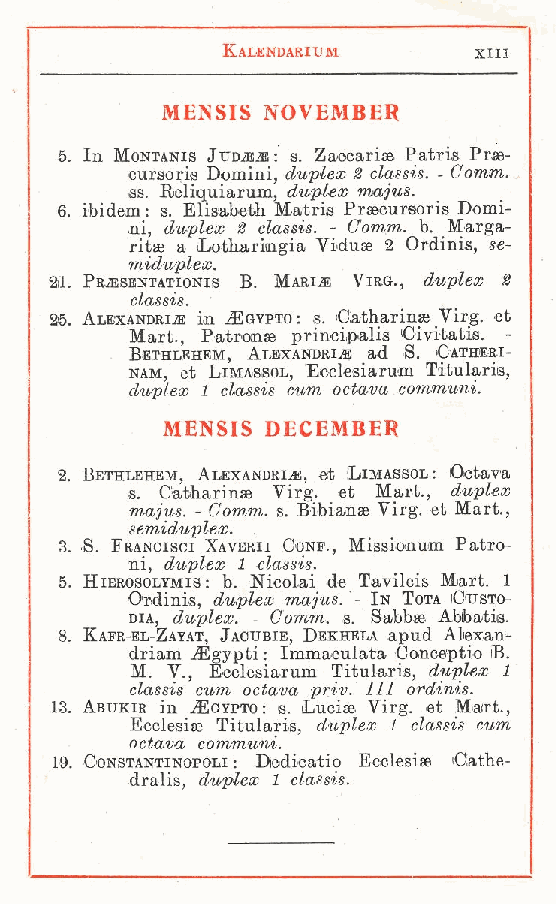
Kalendarium     xiii
 MENS1S NOVEMBER
 5 In Montanis Jvdmm: s. Zacxiarise Patris Pr-se-
 .  cursoris Domini, duplex 2 elassis. - Comm.
 ss. Reliquiarum, duplex majus.
 6 ibidem: s. Elisabeth Matris Prsecursoris Domi-
 .   ni, duplex 2 elassis. - Comm. b. Marga-
 rie a Ixithariingia Viduse 2 Ordi_nis, se-
 miduplex.
 2il. Prjssentationis B. Marini Virg., duplex 2
 elassis.
 25. Alexandria in jEgypto: s. Catharinse Virg. et
 Mart., Patronae principalis Civitatis. -
 Bethlehem, Alexandria ad S. Catheri-
 nam, et Limassol, Ecclesiarum Titularis,
 duplex 1 elassis cum oetava eommuni.
 MENSIS DECEMBER
 2 Bethlehem, Alexandria, et Limassol: Oetava
 .      Catharinse Virg. et Mai., duplex
 s
 m.ajus. - Comm. s. Bibia/nse Virg. et Mari.,
 semiduplex. .
 3 S. Francisci Xavbrii Conf., Missionum Patro-
 .   ni, duplex 1 elassis.
 5 Hierosolymis : b. Nicolai de Tavileis Mart. 1
 .  Ordinis duplex majus. - In Tota Custo-
 dia dup, lex. - Comm. s. Sabbie Abbatis.
 8 Kafr-bl-,Zayat, Jacubie, Dekhela apud Alexan-
 .  driam Egypti : Immaculata Conoeptio OB.
 M V., Ecclesiarum Titularis, duplex 1
 ela.ssis cum oetava priv. Ili ordinis.
 13. Abukir in Egypto: s. Luci» Virg. et Mart.,
 Ecclesise Titularis duplex 1 elassis cum,
 ,
 oetava communi.
 19. Constantinopoli : Dedicatio Ecclesise Oathe-
 dralis, duplex 1 elassis.
 t
 r